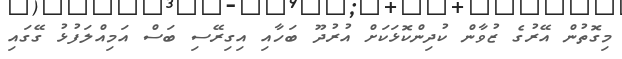
މިގޮތުން އޭރުގެ ޒުވާން ކުދިންކޮޅަކަށް އުރުދޫ ބަހާއި އިގިރޭސި ބަސް އަމިއްލަފުޅު ގޭގައި